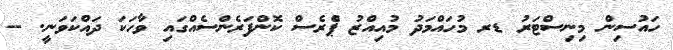
ހައުސިން މިނިސްޓަރު ޑރ މުހައްމަދު މުއިއްޒު ޕްެރެސް ކޮންފަރެންސެއްގައި ވާހަކަ ދައްކަވަނީ. --